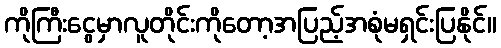
ကိုကြီးငွေမှာလူတိုင်းကိုတော့အပြည့်အစုံမရှင်းပြနိုင်။